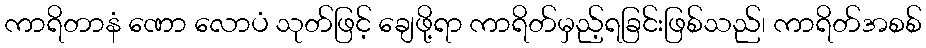
ကာရိတာနံ ဏော လောပံ သုတ်ဖြင့် ချေဖို့ရာ ကာရိတ်မှည့်ရခြင်းဖြစ်သည်၊ ကာရိတ်အစစ်